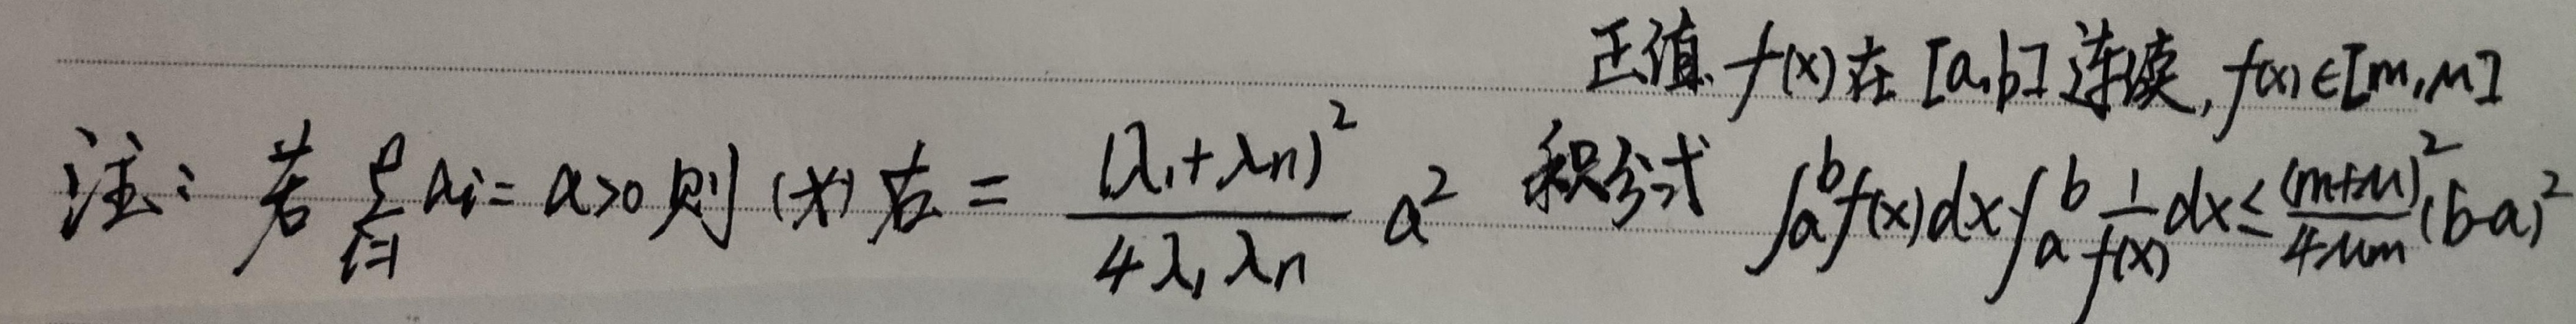
正值。\(f(x)\)在\([a,b]\)连续，\(f(x)\in [m,M]\)。注：若\(\sum_{i = 1}^{n}a_{i}=a>0\)则（此处不太清晰）\(=\frac{(\lambda_{1}+\lambda_{n})^{2}}{4\lambda_{1}\lambda_{n}}a^{2}\)。积分式 \(\int_{a}^{b}f(x)dx\int_{a}^{b}\frac{1}{f(x)}dx\leqslant\frac{(M + m)^{2}}{4Mm}(b - a)^{2}\)